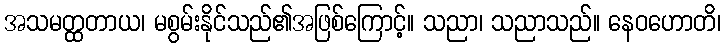
အသမတ္ထတာယ၊ မစွမ်းနိုင်သည်၏အဖြစ်ကြောင့်။ သညာ၊ သညာသည်။ နေဝဟောတိ၊